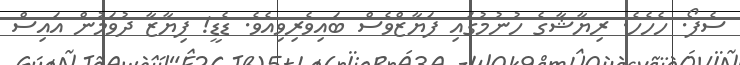
ސެފޯ. ހެހެހެ. ރިޔާޝާގެ ހުނުމުގައި ފަޔާޒްވެސް ބައިވެރިވިއެވެ. ޑެޑީ! ފިޔާޒާ ދުވަމުން އައިސް